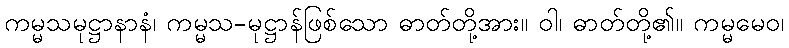
ကမ္မသမုဋ္ဌာနာနံ၊ ကမ္မသ-မုဋ္ဌာန်ဖြစ်သော ဓာတ်တို့အား။ ဝါ၊ ဓာတ်တို့၏။ ကမ္မမေဝ၊